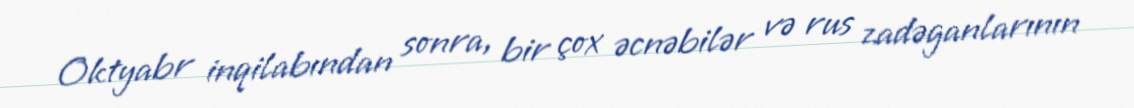
Oktyabr inqilabından sonra, bir çox əcnəbilər və rus zadəganlarının